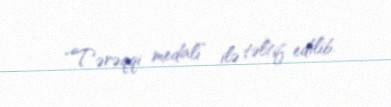
“Tərəqqi medalı” ilə təltif edilib.